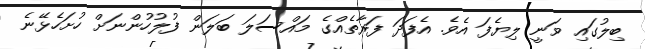
ބިލުގައި ވަނީ ލިޔެފަ އެވެ. އެފަދަ ފަރާތެއްގެ މައްސަލަ ބަލަން ފުލުހުންނަށް ހުށަހެޅޭނެ